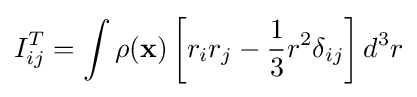
{I}_{ij}^{T}=\int \rho (\mathbf {x} )\left[r_{i}r_{j}-{\frac {1}{3}}r^{2}\delta _{ij}\right]d^{3}r